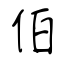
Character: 伯